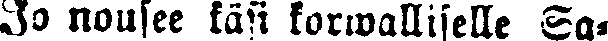
Jo nousee käki korwalliselle Sa-